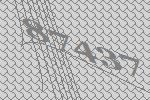
87437